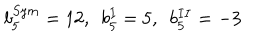
b _ { 5 } ^ { S y m } = 1 2 , \, \, \, b _ { 5 } ^ { I } = 5 , \, \, \, b _ { 5 } ^ { I I } = - 3